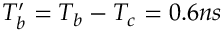
T _ { b } ^ { \prime } = T _ { b } - T _ { c } = 0 . 6 n s